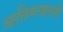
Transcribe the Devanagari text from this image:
व्यक्तिमत्त्वातली